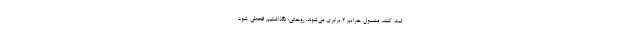
ثبت کنند، مشمول جرایم ۲ برابری می‌شوند. روحانی: نگذاشتیم قحطی شود